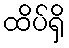
ထိပ်ရှိ